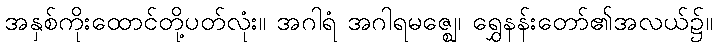
အနှစ်ကိုးထောင်တို့ပတ်လုံး။ အဂါရံ အဂါရမဇ္ဈေ၊ ရွှေနန်းတော်၏အလယ်၌။